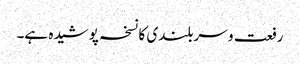
رفعت و سربلندی کا نسخہ پوشیدہ ہے۔